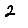
Digit: 2